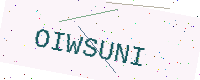
Text: OIWSUNI